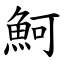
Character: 魺